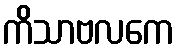
ကိသာဗလကေ